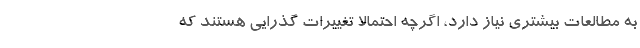
به مطالعات بیشتری نیاز دارد، اگرچه احتمالاً تغییرات گذرایی هستند که